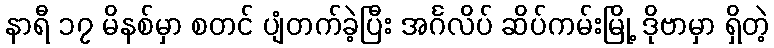
နာရီ ၁၇ မိနစ်မှာ စတင် ပျံတက်ခဲ့ပြီး အင်္ဂလိပ် ဆိပ်ကမ်းမြို့ ဒိုဗာမှာ ရှိတဲ့